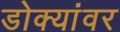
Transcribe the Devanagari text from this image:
डोक्यांवर